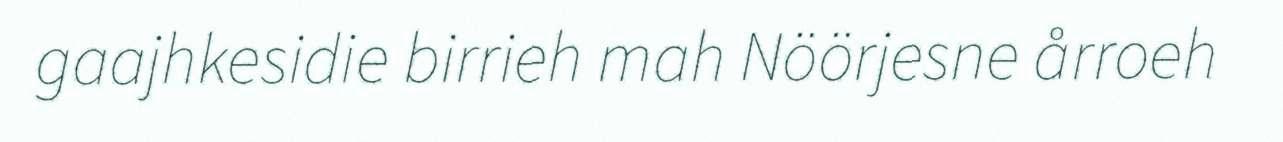
gaajhkesidie birrieh mah Nöörjesne årroeh